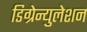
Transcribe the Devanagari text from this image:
डिग्रेन्युलेशन